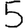
Digit: 5